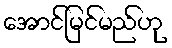
အောင်မြင်မည်ဟု